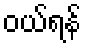
ဝယ်ရန်